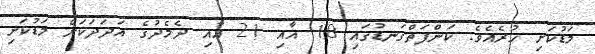
މަޑުކަށި ހުރެއެވެ. ކަންފަތްގަނޑުގައި 18 އާއި 21 އާއި ދެމެދުގެ އަދަދަކަށް މަޑުކަށި